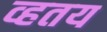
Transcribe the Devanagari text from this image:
व्हतय